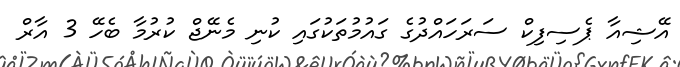
އޭޝިއާ ޕެސިފިކް ސަރަހައްދުގެ ގައުމުތަކުގައި ކުނި މެނޭޖް ކުރުމާ ބެހޭ 3 އާރް